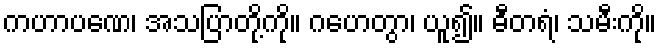
ကဟာပဏေ၊ အသပြာတို့ကို။ ဂဟေတွာ၊ ယူ၍။ ဓီတရံ၊ သမီးကို။